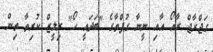
ގަޖްރާޖް ރާއޯ އާއި ނީނާ ގުޕްތާގެ "ބަދައީ ހޯ" ރިލީޒް ކުރިތާ ތިން